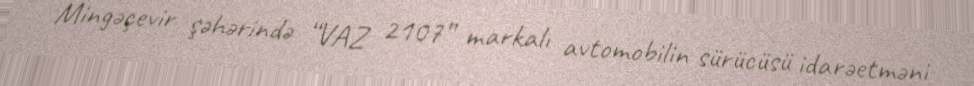
Mingəçevir şəhərində “VAZ 2107” markalı avtomobilin sürücüsü idarəetməni